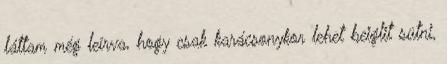
láttam még leírva, hogy csak karácsonykor lehet beiglit sütni,